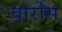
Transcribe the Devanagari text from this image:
वार्रोस